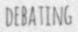
DEBATING